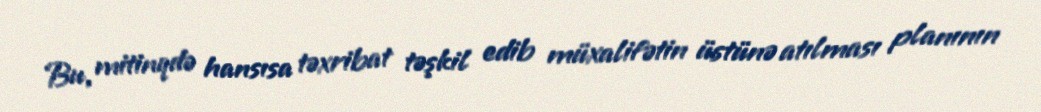
Bu, mitinqdə hansısa təxribat təşkil edib müxalifətin üstünə atılması planının